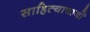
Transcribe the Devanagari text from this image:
साहित्याचार्यों